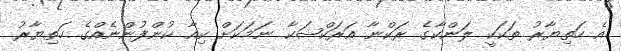
އެ ހަތިޔާރު ތަކަކީ ލަންކާގެ ރަކްނާ އަރަކްޝަކާ ނަމަކަށް ކިއާ ކުންފުންނެއްގެ ހަތިޔާރު